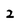
Character: 2